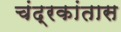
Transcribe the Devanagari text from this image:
चंद्रकांतास